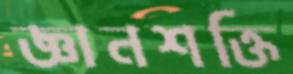
জ্ঞানশক্তি